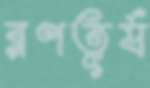
রণতূর্য